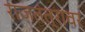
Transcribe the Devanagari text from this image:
राजतंत्रावर